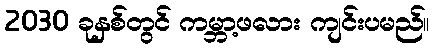
2030 ခုနှစ်တွင် ကမ္ဘာ့ဖလား ကျင်းပမည်။